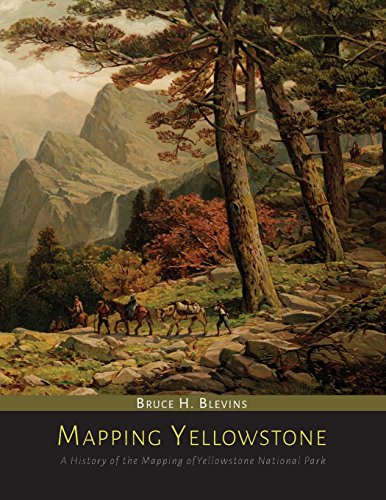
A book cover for Mapping Yellowstone: A History of the Mapping of Yellowstone National Park; Bruce H. Blevins; Travel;